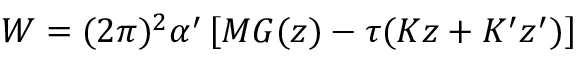
W = ( 2 \pi ) ^ { 2 } \alpha ^ { \prime } \left[ M { \cal G } ( z ) - \tau ( K z + K ^ { \prime } z ^ { \prime } ) \right]